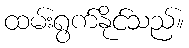
ထမ်းရွက်နိုင်သည်။